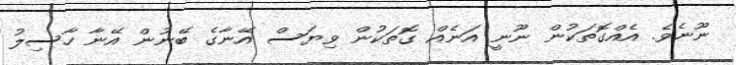
ނޫނެވެ. އެއްގޮތަކުން ނޫނީ އަނެއް ގޮތަކުން ވިޔަސް އޭނާގެ ބޭނުން އޭނާ ހާސިލު